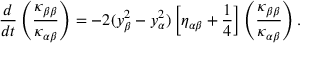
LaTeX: { \frac { d } { d t } } \left( { \frac { \kappa _ { \beta \beta } } { \kappa _ { \alpha \beta } } } \right) = - 2 ( y _ { \beta } ^ { 2 } - y _ { \alpha } ^ { 2 } ) \left[ \eta _ { \alpha \beta } + { \frac { 1 } { 4 } } \right] \left( { \frac { \kappa _ { \beta \beta } } { \kappa _ { \alpha \beta } } } \right) .